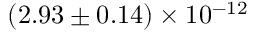
( 2 . 9 3 \pm 0 . 1 4 ) \times 1 0 ^ { - 1 2 }